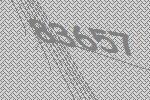
83657